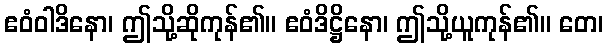
ဧဝံဝါဒိနော၊ ဤသို့ဆိုကုန်၏။ ဧဝံဒိဋ္ဌိနော၊ ဤသို့ယူကုန်၏။ တေ၊